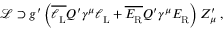
\begin{array} { r } { \mathcal { L } \supset g ^ { \prime } \left( \overline { { \ell _ { \mathrm { L } } ^ { } } } Q ^ { \prime } \gamma ^ { \mu } \ell _ { \mathrm { L } } ^ { } + \overline { { E _ { \mathrm { R } } ^ { } } } Q ^ { \prime } \gamma ^ { \mu } E _ { \mathrm { R } } ^ { } \right) Z _ { \mu } ^ { \prime } \; , } \end{array}